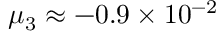
\mu _ { 3 } \approx - 0 . 9 \times 1 0 ^ { - 2 }